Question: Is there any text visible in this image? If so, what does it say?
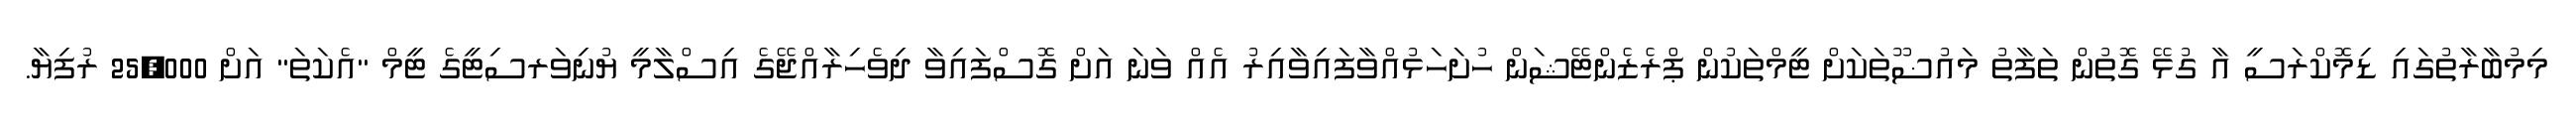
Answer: މިމުބާރާތުގައި ޑިމޮކްރަސީ އާ ގުޅޭ ގޮތުން ތަފާތު މައުޟޫތަކަށް ޓީމްތަކުން ޕްރެޒެންޓޭޝަން ހުށަހަޅުއްވާފައިވާއިރު އެއް ވަނަ އަށް ގޮސްފައިވާ ދިވެހިރާއްޖޭގެ އިސްލާމީ ޔުނިވަރސިޓީގެ ޓީމް "އެކަތަ" އަށް 25,000 ރުފިޔާ.